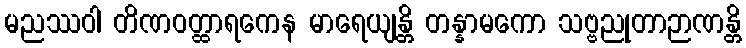
မညဿဝါ တိဏဝတ္ထာရကေန မာရေယျန္တိ တန္နာမကော သဗ္ဗညုတာဉာဏန္တိ